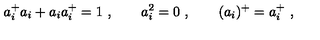
a _ { i } ^ { + } a _ { i } + a _ { i } a _ { i } ^ { + } = 1 \ , \qquad a _ { i } ^ { 2 } = 0 \ , \qquad ( a _ { i } ) ^ { + } = a _ { i } ^ { + } \ ,